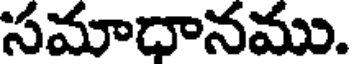
సమాధానము.